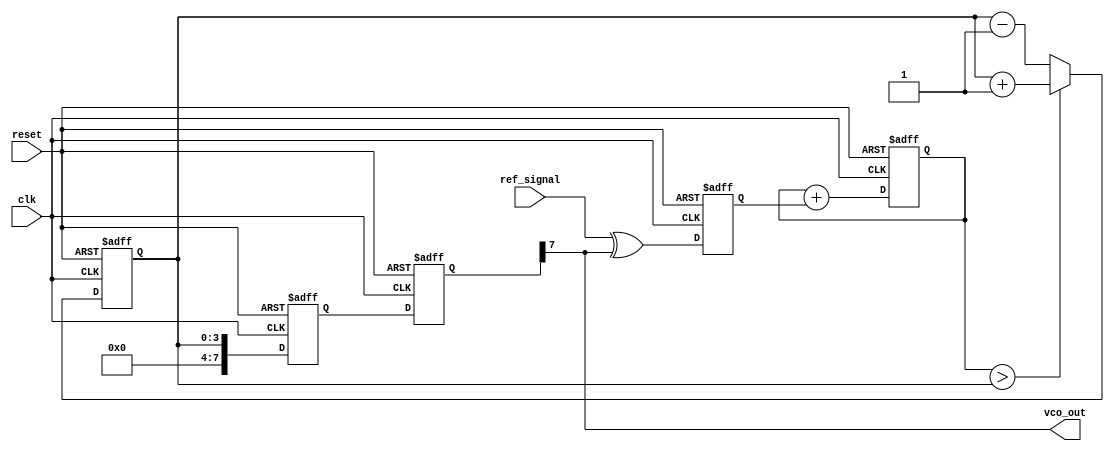
module sigma_delta_pll (
    input wire clk,                // System clock
    input wire reset,              // Reset signal
    input wire ref_signal,         // Reference input signal
    output wire vco_out            // Output from VCO
);

// Parameters
parameter N = 8;                  // Bit width for DAC
parameter LOOP_FILTER_SIZE = 4;  // Size of loop filter
parameter DELTA_MOD_SIZE = 4;    // Size of sigma-delta modulator

// Internal signals
reg [LOOP_FILTER_SIZE-1:0] loop_filter; // Loop filter output
reg [DELTA_MOD_SIZE-1:0] sigma_delta;    // Sigma-delta modulator output
reg [N-1:0] dac_output;                  // DAC output
reg [N-1:0] vco_frequency;               // VCO frequency control

// Phase Detector
reg phase_error;
always @(posedge clk or posedge reset) begin
    if (reset) begin
        phase_error <= 0;
    end else begin
        // Simple phase detector logic (XOR for simplicity)
        phase_error <= ref_signal ^ vco_out;
    end
end

// Loop Filter
always @(posedge clk or posedge reset) begin
    if (reset) begin
        loop_filter <= 0;
    end else begin
        // Simple integrative loop filter
        loop_filter <= loop_filter + phase_error;
    end
end

// Sigma-Delta Modulator
always @(posedge clk or posedge reset) begin
    if (reset) begin
        sigma_delta <= 0;
    end else begin
        // Simple 1-bit sigma-delta modulation
        if (loop_filter > sigma_delta) begin
            sigma_delta <= sigma_delta + 1;
        end else begin
            sigma_delta <= sigma_delta - 1;
        end
    end
end

// Digital-to-Analog Converter (DAC)
always @(posedge clk or posedge reset) begin
    if (reset) begin
        dac_output <= 0;
    end else begin
        // Simple DAC logic (just passing the value for this example)
        dac_output <= sigma_delta;
    end
end

// Voltage-Controlled Oscillator (VCO)
always @(posedge clk or posedge reset) begin
    if (reset) begin
        vco_frequency <= 0; // Reset VCO frequency
    end else begin
        // Simple VCO model: frequency scales with DAC output
        vco_frequency <= dac_output; // In a real design, this would be more complex
    end
end

// Output the VCO frequency
assign vco_out = vco_frequency[N-1]; // Sample output for demonstration

endmodule